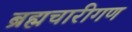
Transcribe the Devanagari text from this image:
ब्रह्मचारीगण